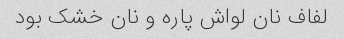
لفاف نان لواش پاره و نان خشک بود